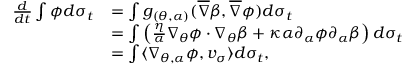
\begin{array} { r l } { \frac { d } { d t } \int \phi d \sigma _ { t } } & { = \int g _ { ( \theta , \alpha ) } ( \overline { { \nabla } } \beta , \overline { { \nabla } } \phi ) d \sigma _ { t } } \\ & { = \int \left( \frac { \eta } { \alpha } \nabla _ { \theta } \phi \cdot \nabla _ { \theta } \beta + \kappa \alpha \partial _ { \alpha } \phi \partial _ { \alpha } \beta \right) d \sigma _ { t } } \\ & { = \int \langle \nabla _ { \theta , \alpha } \phi , v _ { \sigma } \rangle d \sigma _ { t } , } \end{array}